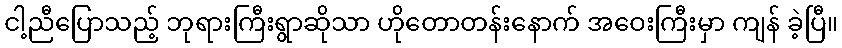
ငါ့ညီပြောသည့် ဘုရားကြီးရွာဆိုသာ ဟိုတောတန်းနောက် အဝေးကြီးမှာ ကျန် ခဲ့ပြီ။